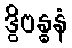
ဒွိဗန္ဓနံ